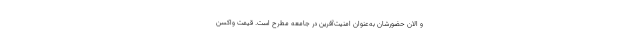
و الان حضورشان به‌عنوان امنیت‌آفرین در جامعه مطرح است. قیمت واکسن